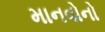
માનવોનો